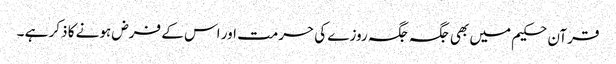
قرآن حکیم میں بھی جگہ جگہ روزے کی حرمت اور اس کے فرض ہونے کا ذکر ہے ۔